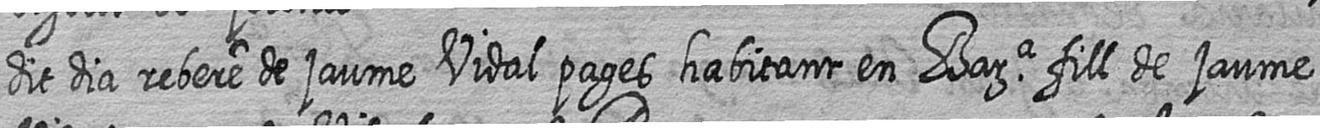
dit dia rebere de jaume Vidal pages habitant en Bara fill de jaume